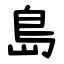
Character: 島